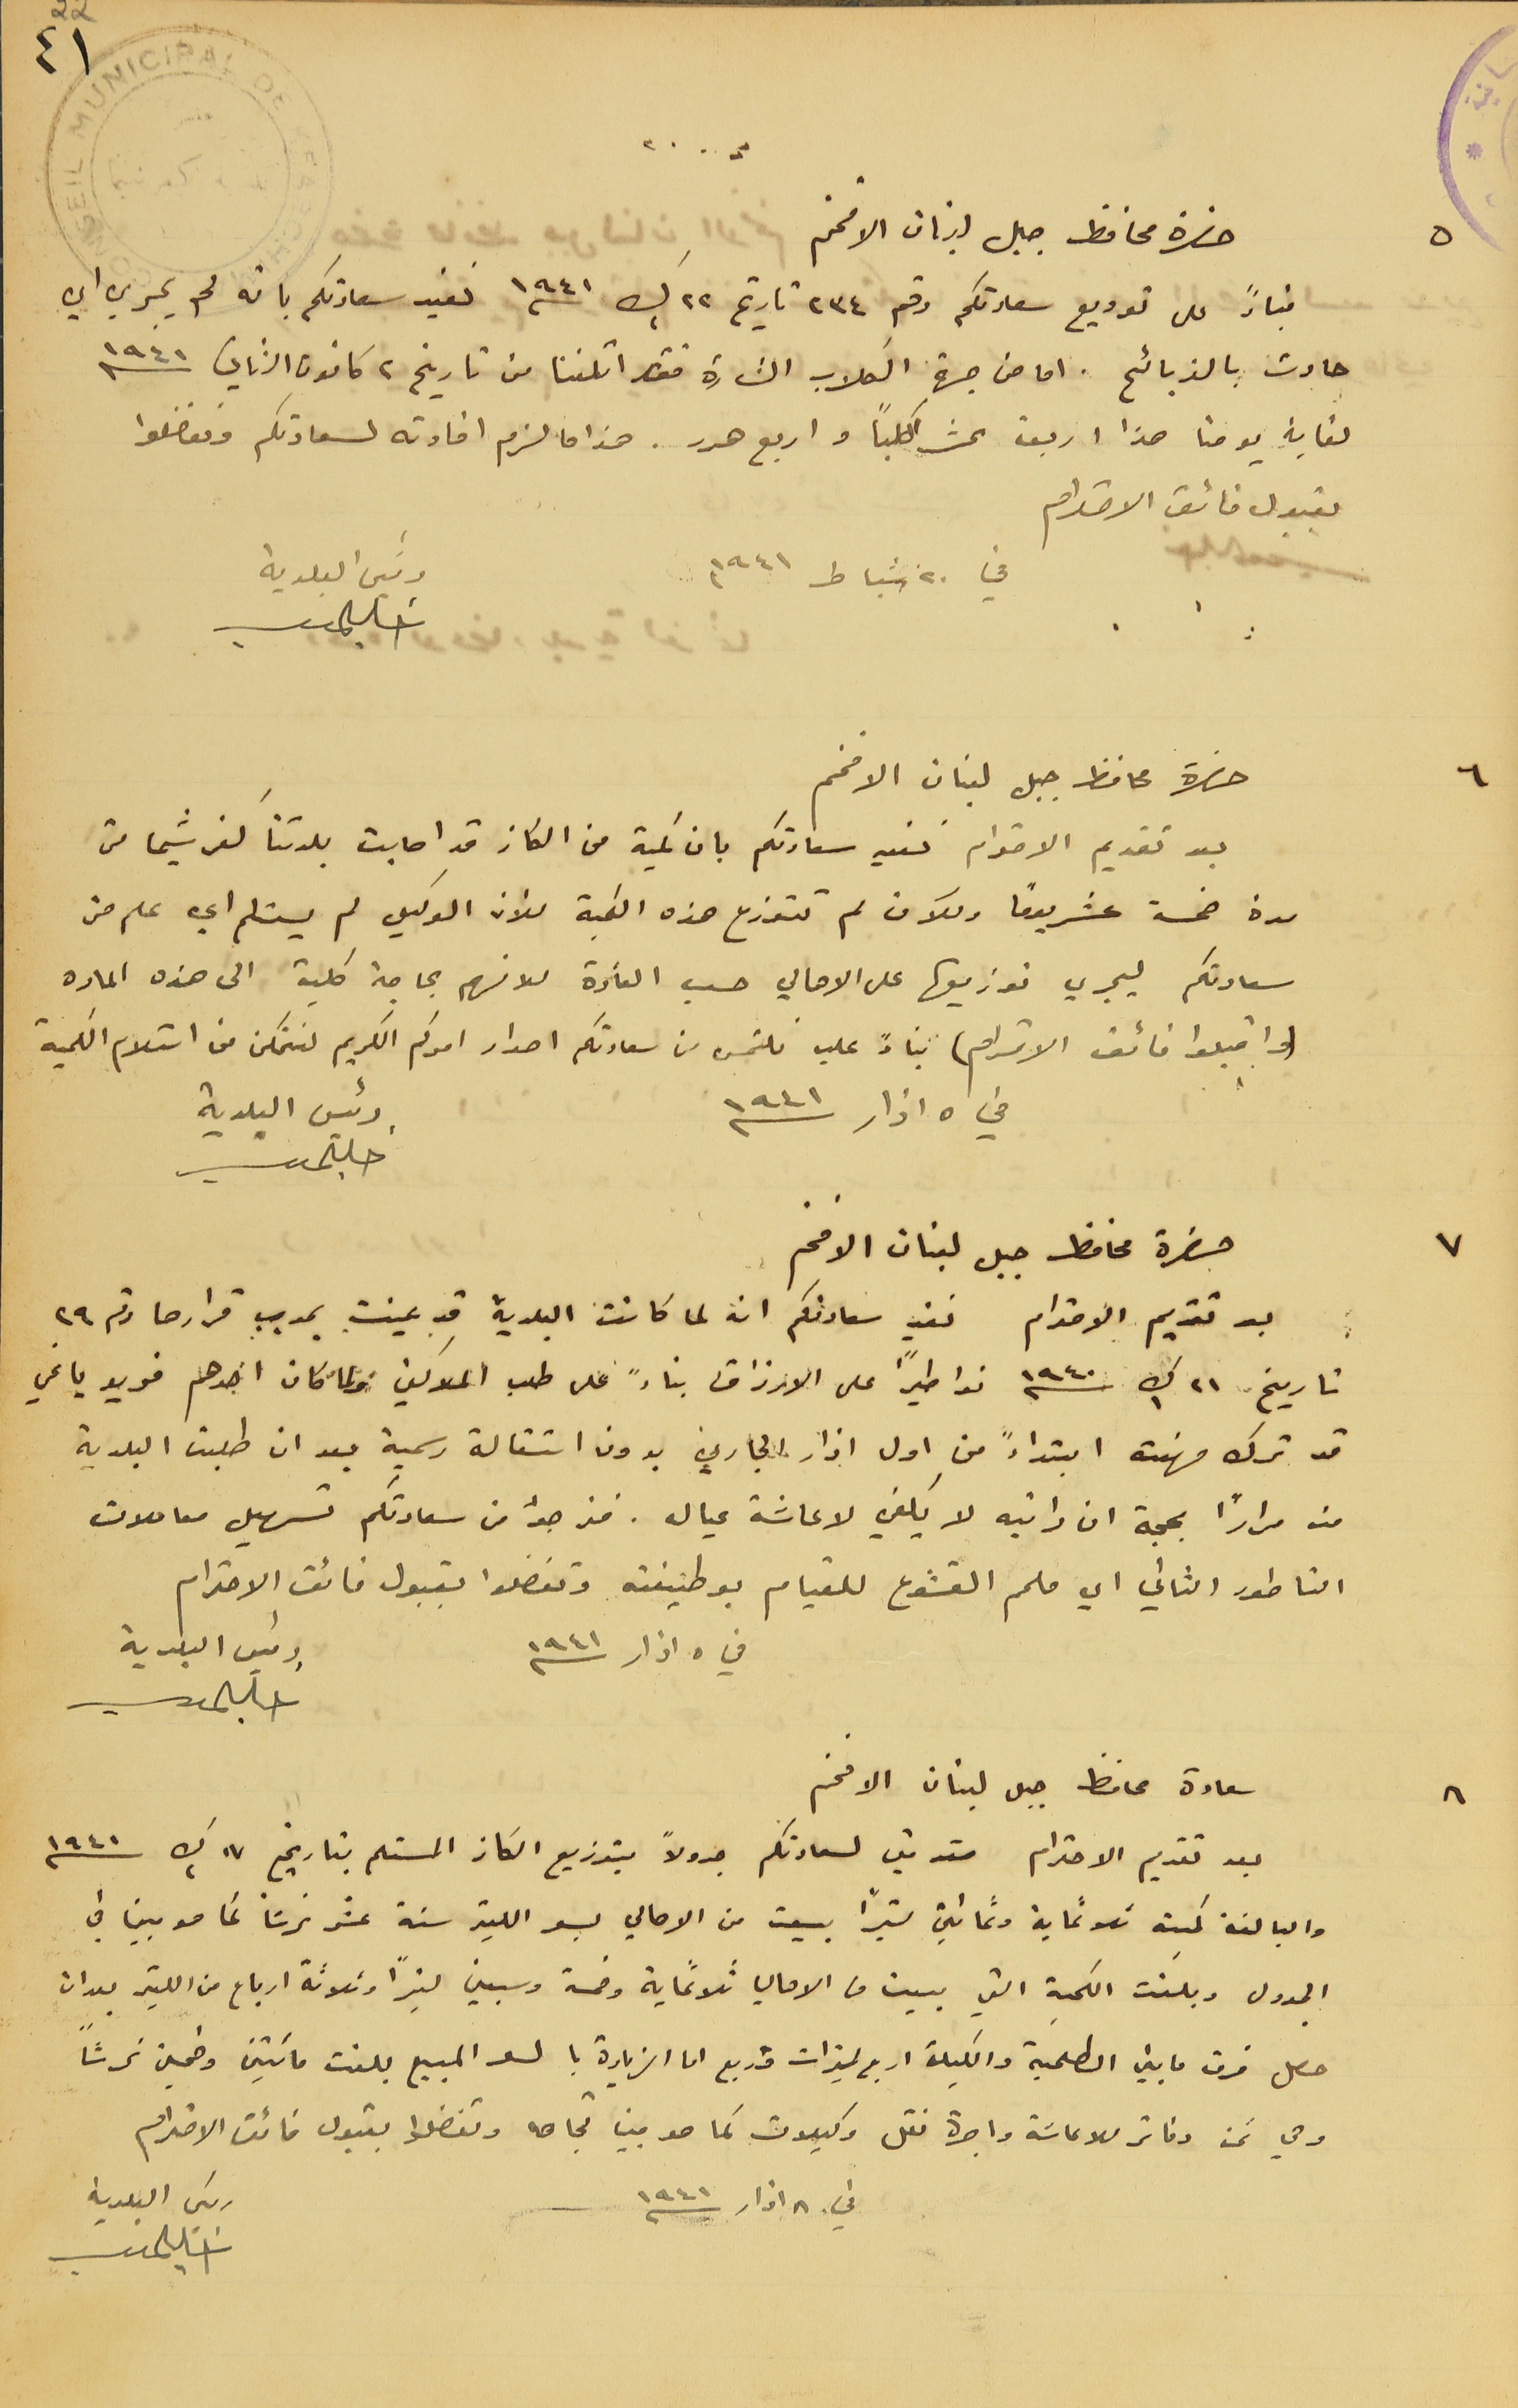
حضرة محافظ جبل لبنان الافخم
بناءً على توريع سعادتكم رقم ٢٣٤ تاريخ ٢٢ ك٢ سنه ١٩٤١ نفيد سعادتكم بانه لم يجري اي
حادث بالذبائح. اما من جهة الكلاب الشاردة فقد اتلفنا من تاريخ ٢ كانون الثاني سنه ١٩٤١
لغاية يومنا هذا اربعة عشر كلباً واربع هرر. هذا ما لزم افادته لسعادتكم وتقضلوا
بقبول فائق الاحترام
في ٢٠ شباط ١٩٤١
حضرة محافظ جبل لبنان الافخم
بعد تقديم الاحترام نفيد سعادتكم بان كمية من الكاز قد اصابت بلدتنا كفرشيما من
مدة خمسة عشريومًا وللان لم تتوزع هذه الكمية للأن الوكيل لم يستلم اي علم من
سعادتكم ليجري توزيعها على الاهالي حسب العادة لانهم بحاجة كلية الى هذه الماده
 (واقبلوا فائق الاحترام) بناءً عليه نلتمس من سعادتكم اصدار امركم الكريم لنتمكن من استلام الكمية
في ٥ اذار سنه ١٩٤١
حضرة محافظ جبل لبنان الافخم
 بعد تقديم الاحترام نفيد سعادتكم انه لما كانت البلدية قد عينت بموجب قرارها رقم ٢٩
تاريخ 21 ك1 سنه 1940 نواطيرًا على الارزاق بناءً على طلب الملاكين فلما كان احدهم فريد ياغي
قد ترك مهنته ابتداءً من اول اذار الجاري بدون استقالة رسمية بعد ان طلبت البلدية
منه مرارًا بحجة ان راتبه لا يكفي لاعاشة عياله. فنرجوا من سعادتكم تسهيل معاملات
 الناطور الثاني اي ملحم القشوع للقيام بوظيفته وتفضلوا بقبول فائق الاحترام
في ٥ اذار سنه ١٩٤١
 سعادة محافظ جبل لبنان الافخم
بعد تقديم الاحترام مقدمين لسعادتكم جدولاً بتوزيع الكاز المستلم بتاريخ ١٧ ك٢ سنه ١٩٤١
 والبالغة كميته ثلاثماية وثمانين ليترًا بيعت من الاهالي بسعر الليتر ستة عشر غرشاً كما هو مبين في
الجدول وبلغت الكمية التي بيعت من الاهالي ثلاثماية وخمسة وسبعين ليترًا وثلاثة ارباع من الليتر بعد ان
 حصل فرق ما بين الطلمبة والكيلة اربع ليترات وربع اما الزيادة بالسعر المبيع بلغت مائتين وخمسين غرشاً
 وهي ثمن دفاتر للاعاشة واجرة نقل وكيلات كما هو مبين تجاهه وتفضلوا بقبول فائق الاحترام
٤١
٥
٦
رئيس البلدية
٧
8
رئيس البلدية
رئيس البلدية
في ٨ اذار سنه ١٩٤١
رئيس البلدية